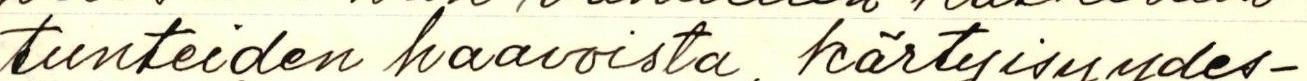
tunteiden haavoista, kärtyisyydes-